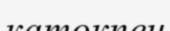
катокпен